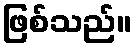
ဖြစ်သည်။